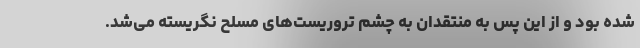
شده بود و از این پس به منتقدان به چشم تروریست‌های مسلح نگریسته می‌شد.